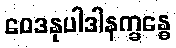
ဝေဒနုပါဒါနက္ခန္ဓေ